Annual report on the Civil Veterinary Department, Burma (including the Insein Veterinary School) - 1923-1931
Year: 1923
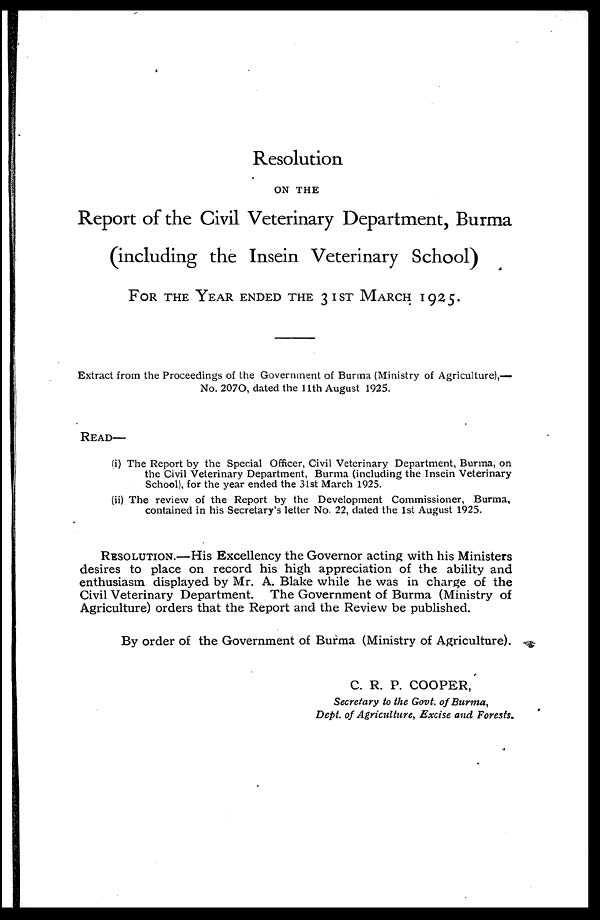
Resolution
ON THE
Report of the Civil Veterinary Department, Burma
(including the Insein Veterinary School)
FOR THE YEAR ENDED THE 31ST MARCH 1925.
Extract from the Proceedings of the Government of Burma (Ministry of Agriculture),—
No. 207O, dated the 11th August 1925.
READ—
(i) The Report by the Special Officer, Civil Veterinary Department, Burma, on
the Civil Veterinary Department, Burma (including the Insein Veterinary
School), for the year ended the 31st March 1925.
(ii) The review of the Report by the Development Commissioner, Burma,
contained in his Secretary's letter No. 22, dated the 1st August 1925.
RESOLUTION.—His Excellency the Governor acting with his Ministers
desires to place on record his high appreciation of the ability and
enthusiasm displayed by Mr. A. Blake while he was in charge of the
Civil Veterinary Department. The Government of Burma (Ministry of
Agriculture) orders that the Report and the Review be published.
By order of the Government of Burma (Ministry of Agriculture).
C. R. P. COOPER,
Secretary to the Govt. of Burma,
Dept. of Agriculture, Excise and Forests.